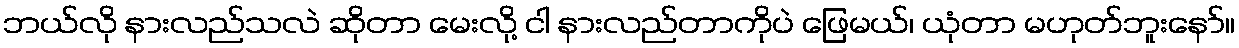
ဘယ်လို နားလည်သလဲ ဆိုတာ မေးလို့ ငါ နားလည်တာကိုပဲ ဖြေမယ်၊ ယုံတာ မဟုတ်ဘူးနော်။